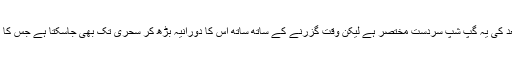
نماز تراویح کے بعد کی یہ گپ شپ سردست مختصر ہے لیکن وقت گزرنے کے ساتھ ساتھ اس کا دورانیہ بڑھ کر سحری تک بھی جاسکتا ہے جس کا اپنا علیحدہ مزہ ہے۔